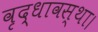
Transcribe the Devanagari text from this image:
वृद्धावस्था।